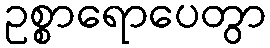
ဥစ္စာရောပေတွာ